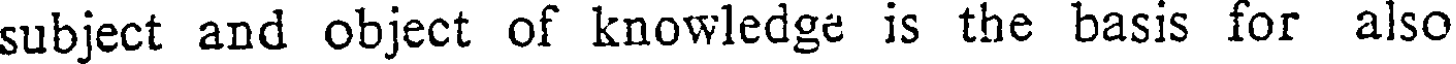
subject and object of knowledge is the basis for also